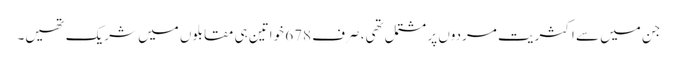
جن میں سے اکثریت مردوں پر مشتمل تھی، صرف 678 خواتین ہی مقابلوں میں شریک تھیں۔